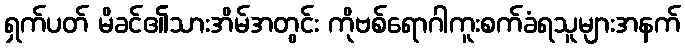
ရှက်ပတ် မိခင်၏သားအိမ်အတွင်း ကိုဗစ်ရောဂါကူးစက်ခံရသူများအနက်